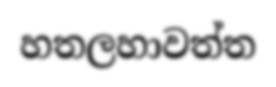
හතලහාවත්ත